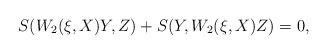
\begin{align*}S(W_2(\xi,X)Y,Z)+S(Y,W_2(\xi,X)Z)=0,\end{align*}